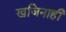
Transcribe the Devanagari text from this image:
खजिनाही